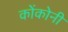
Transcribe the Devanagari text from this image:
कोंकोनी